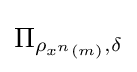
\Pi _{\rho _{x^{n}\left(m\right)},\delta }